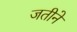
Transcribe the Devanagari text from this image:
जतीने